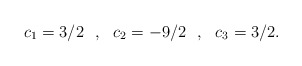
\begin{align*}c_1=3/2\:\:\:,\:\:\:c_2=-9/2\:\:\:,\:\:\:c_3=3/2.\end{align*}